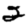
Digit: 2